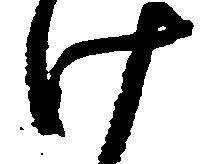
け